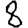
Digit: 8